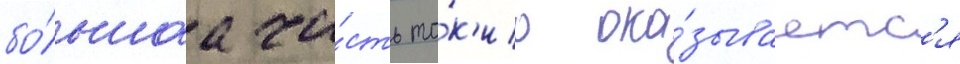
бо́льшаа ча́сть то́к'ио ока́зываетс'я